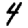
Digit: 4